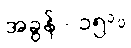
အခွန် - ၁၅%